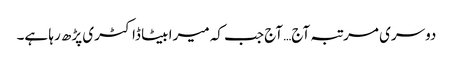
دوسری مرتبہ آج… آج جب کہ میرا بیٹا ڈاکٹری پڑھ رہا ہے۔